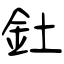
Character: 釷